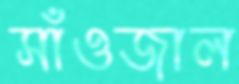
সাঁওজাল